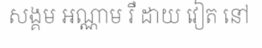
សង្គម អណ្ណាម រឺ ដាយ វៀត នៅ